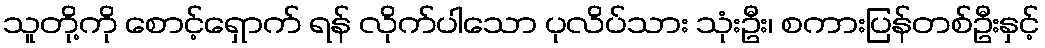
သူတို့ကို စောင့်ရှောက် ရန် လိုက်ပါသော ပုလိပ်သား သုံးဦး၊ စကားပြန်တစ်ဦးနှင့်